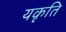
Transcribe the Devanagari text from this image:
यकृति